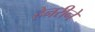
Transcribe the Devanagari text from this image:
हेनरीने